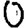
Digit: 0